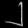
Digit: ၂